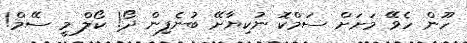
ހޫން ހެވޭ މަށަށް ސަމްކޮ ނުކިޔާށޭ ބުނެފިން ދޯ! ކޯލް މީ ސޭމް!